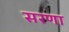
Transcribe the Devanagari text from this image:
सरणा